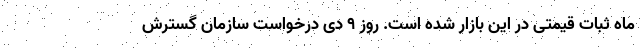
ماه ثبات قیمتی در این بازار شده است. روز ۹ دی درخواست سازمان گسترش